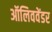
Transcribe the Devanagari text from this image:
ऑलिववेंडर